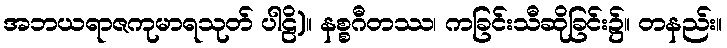
အဘယရာဇကုမာရသုတ် ပါဠိ)။ နစ္စဂီတဿ၊ ကခြင်းသီဆိုခြင်း၌။ တနည်း။